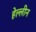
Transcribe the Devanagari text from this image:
हेल्लीन